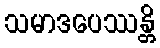
သမာဒပေဿန္တိ